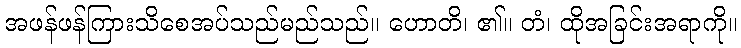
အဖန်ဖန်ကြားသိစေအပ်သည်မည်သည်။ ဟောတိ၊ ၏။ တံ၊ ထိုအခြင်းအရာကို။